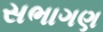
સભાગણ